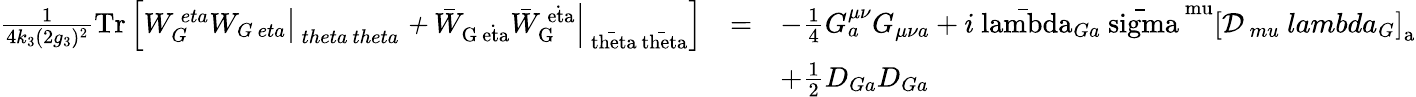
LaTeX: \begin{array}{ccl}{{\frac{1}{4k_{3}(2g_{3})^{2}}\mathrm{Tr\mit\left[\left.W_{G}^{\ eta}W_{G\ eta}\right|_{\ theta\ theta}+\left.\mathrm{\bar{\mit W}_{G\dot{\ eta}}\bar{\mit W}_{G}^{\dot{\ eta}}}\right|_{\mathrm{\bar{\ theta}\bar{\ theta}}}\right]}}}&{{=}}&{{-\frac{1}{4}G_{a}^{\mu\nu}G_{\mu\nu a}+i\mathrm{\bar{\ lambda}_{\mit Ga}\bar{\ sigma}^{\ mu}\left[\cal D\mit_{\ mu}\ lambda_{G}\right]_{a}}}}\\ {{}}&{{}}&{{+\frac{1}{2}D_{Ga}D_{Ga}}}\end{array}